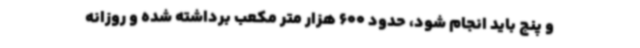
و پنج باید انجام شود، حدود 600 هزار متر مکعب برداشته شده و روزانه